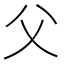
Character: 父